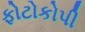
ફોટોકોપી